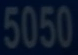
5050